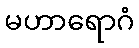
မဟာရောဂံ